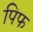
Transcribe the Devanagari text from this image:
पिफ